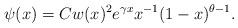
LaTeX: \begin{align*}\psi(x) = Cw(x)^2e^{\gamma x}x^{-1}(1-x)^{\theta-1}.\end{align*}